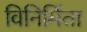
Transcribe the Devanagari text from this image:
विनिर्मिता